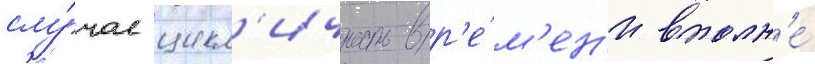
слу́чае цикл'ичность вр'е́м'ен'и вполн'е́